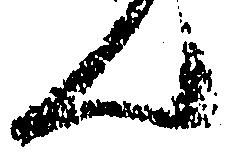
ん